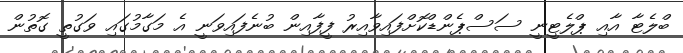
ބްލެޓާ އާއި ޕްލެޓީނީ ސަސްޕެންޑްކޮށްފައިވާއިރު ފީފާއިން ބުނެފައިވަނީ އެ މަގާމުގައި ވަގުތީ ގޮތުން